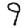
Digit: 9